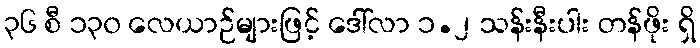
၃၆ စီ ၁၃၀ လေယာဉ်များဖြင့် ဒေါ်လာ ၁.၂ သန်းနီးပါး တန်ဖိုး ရှိ